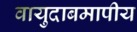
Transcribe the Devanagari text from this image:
वायुदाबमापीय